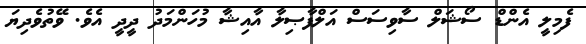
ފެމިލީ އެންޑް ސޯޝަލް ސާވިސަސް އަލްފާޞިލާ އާއިޝާ މުހަންމަދު ދީދީ އެވެ. ވޭތުވެދިޔަ